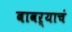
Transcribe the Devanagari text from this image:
बावऱ्याचं